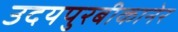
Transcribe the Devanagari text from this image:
उदयपुरबीकानेर